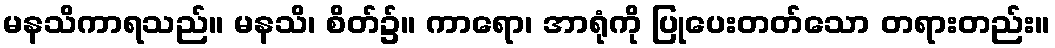
မနသိကာရသည်။ မနသိ၊ စိတ်၌။ ကာရော၊ အာရုံကို ပြုပေးတတ်သော တရားတည်း။